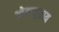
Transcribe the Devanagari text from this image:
ओमच्युताय